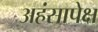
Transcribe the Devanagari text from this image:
अहंसापेक्ष